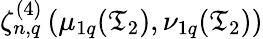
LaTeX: \zeta_{n,q}^{(4)}\left(\mu_{1q}(\mathfrak{T}_{2}),\nu_{1q}(\mathfrak{T}_{2})\right)